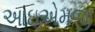
આઇએમજી